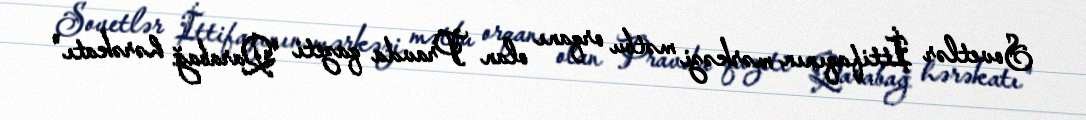
Sovetlər İttifaqının mərkəzi mətbu orqanı olan Pravda qazeti "Qarabağ hərəkatı"